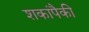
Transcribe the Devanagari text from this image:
शकांपैकी